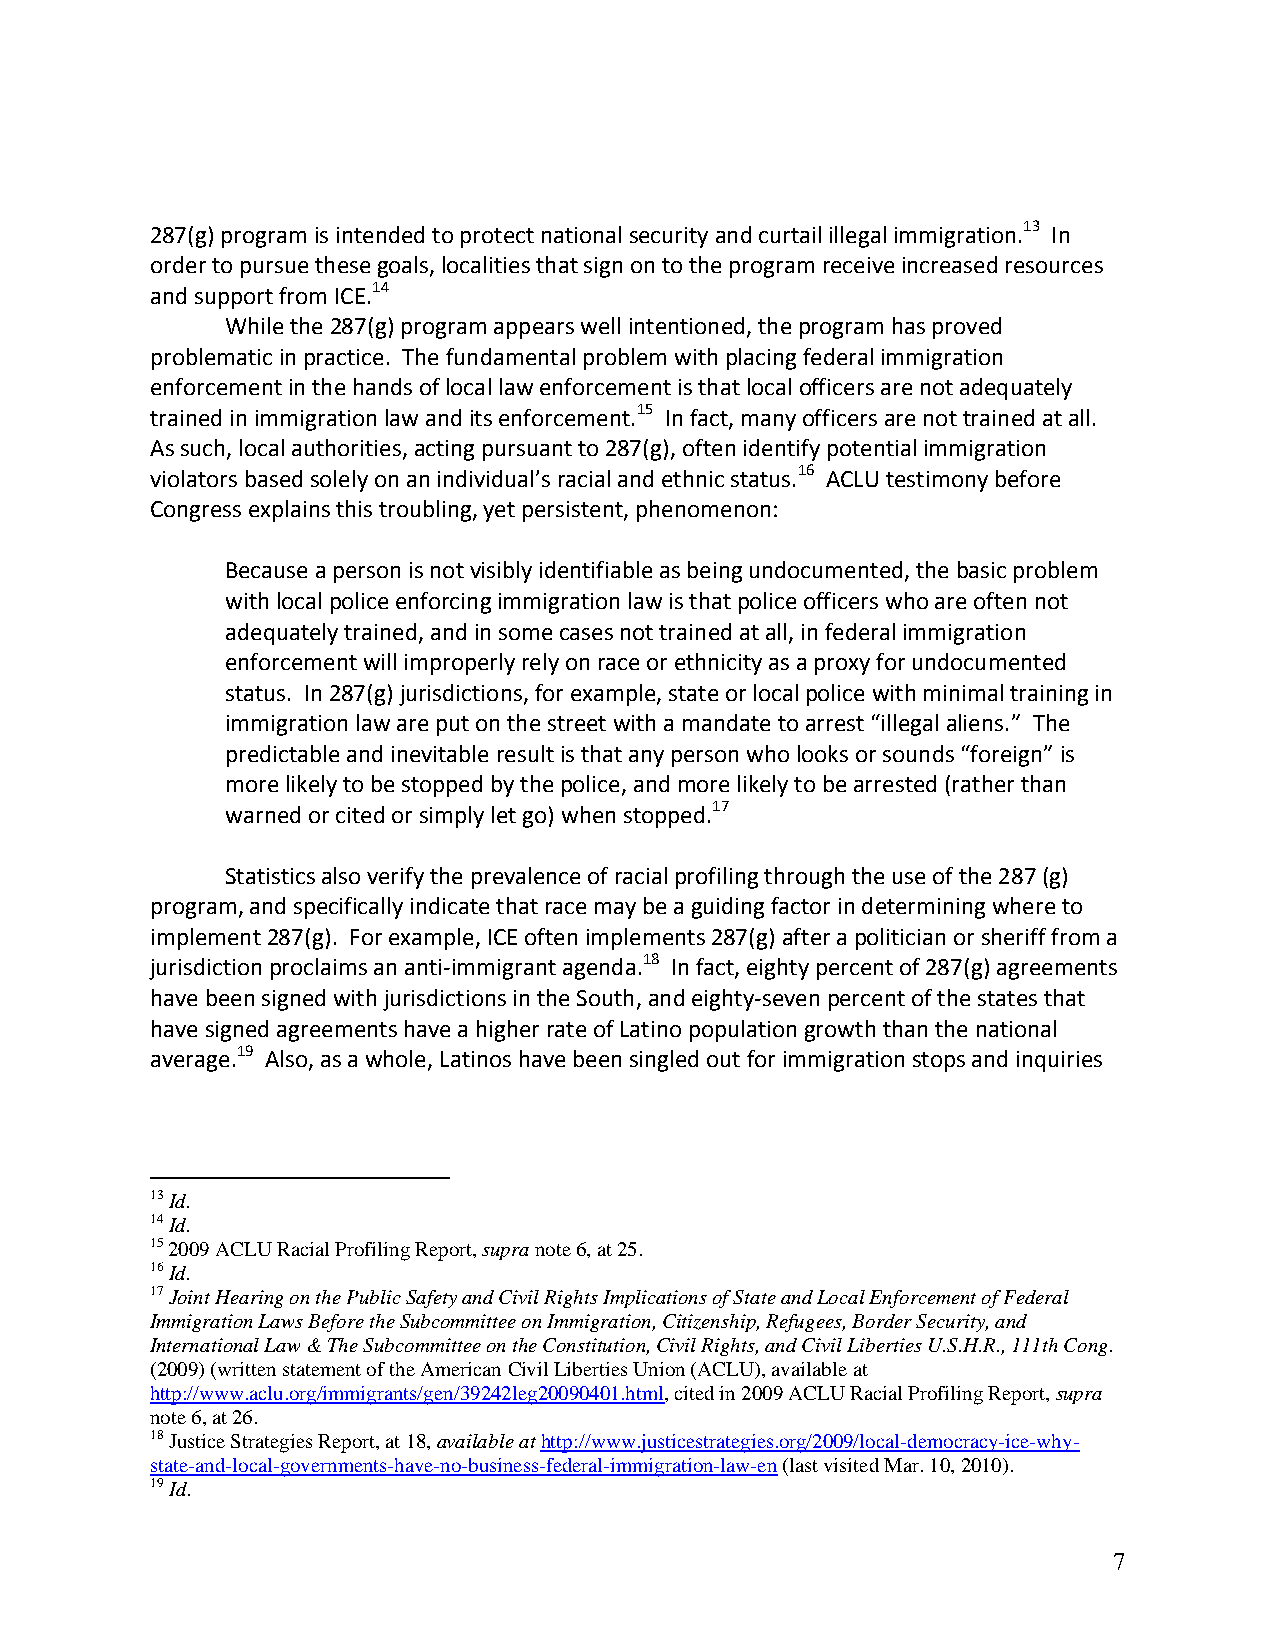
287(g) program is intended to protect national security and curtail illegal immigration.13 In
 order to pursue these goals, localities that sign on to the program receive increased resources
 and support from ICE.14
 While the 287(g) program appears well intentioned, the program has proved
 problematic in practice. The fundamental problem with placing federal immigration
 enforcement in the hands of local law enforcement is that local officers are not adequately
 trained in immigration law and its enforcement.15 In fact, many officers are not trained at all.
 As such, local authorities, acting pursuant to 287(g), often identify potential immigration
 violators based solely on an individual’s racial and ethnic status.16 ACLU testimony before
 Congress explains this troubling, yet persistent, phenomenon:
 Because a person is not visibly identifiable as being undocumented, the basic problem
 with local police enforcing immigration law is that police officers who are often not
 adequately trained, and in some cases not trained at all, in federal immigration
 enforcement will improperly rely on race or ethnicity as a proxy for undocumented
 status. In 287(g) jurisdictions, for example, state or local police with minimal training in
 immigration law are put on the street with a mandate to arrest “illegal aliens.” The
 predictable and inevitable result is that any person who looks or sounds “foreign” is
 more likely to be stopped by the police, and more likely to be arrested (rather than
 warned or cited or simply let go) when stopped.17
 Statistics also verify the prevalence of racial profiling through the use of the 287 (g)
 program, and specifically indicate that race may be a guiding factor in determining where to
 implement 287(g). For example, ICE often implements 287(g) after a politician or sheriff from a
 jurisdiction proclaims an anti‐immigrant agenda.18 In fact, eighty percent of 287(g) agreements
 have been signed with jurisdictions in the South, and eighty‐seven percent of the states that
 have signed agreements have a higher rate of Latino population growth than the national
 average.19 Also, as a whole, Latinos have been singled out for immigration stops and inquiries
 13 Id.
 14 Id.
 15 2009 ACLU Racial Profiling Report, supra note 6, at 25.
 16 Id.
 17 Joint Hearing on the Public Safety and Civil Rights Implications of State and Local Enforcement of Federal
 Immigration Laws Before the Subcommittee on Immigration, Citizenship, Refugees, Border Security, and
 International Law & The Subcommittee on the Constitution, Civil Rights, and Civil Liberties U.S.H.R., 111th Cong.
 (2009) (written statement of the American Civil Liberties Union (ACLU), available at
 http://www.aclu.org/immigrants/gen/39242leg20090401.html, cited in 2009 ACLU Racial Profiling Report, supra
 note 6, at 26.
 18 Justice Strategies Report, at 18, available at http://www.justicestrategies.org/2009/local-democracy-ice-why-
 state-and-local-governments-have-no-business-federal-immigration-law-en (last visited Mar. 10, 2010).
 19 Id.
 7